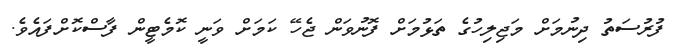
ފުރުސަތު ދިނުމަށް މަޖިލިހުގެ ތަޅުމަށް ފޮނުވަން ޖެހޭ ކަމަށް ވަނީ ކޮމެޓީން ފާސްކޮށްފައެވެ.